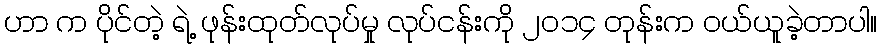
ဟာ က ပိုင်တဲ့ ရဲ့ ဖုန်းထုတ်လုပ်မှု လုပ်ငန်းကို ၂၀၁၄ တုန်းက ဝယ်ယူခဲ့တာပါ။